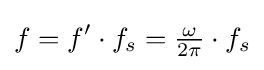
f=f'\cdot f_{s}={\tfrac {\omega }{2\pi }}\cdot f_{s}